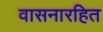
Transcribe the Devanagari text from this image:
वासनारहित